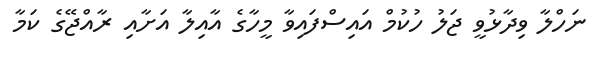
ނަހްލާ ވިދާޅުވީ ޖަލު ހުކުމް އައިސްފައިވާ މީހާގެ އާއިލާ އަށާއި ރާއްޖޭގެ ކަމާ